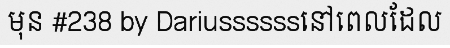
មុន #238 by Dariussssssនៅពេលដែល